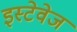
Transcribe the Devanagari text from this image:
इस्टेवेज